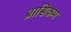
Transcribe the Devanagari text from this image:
ब्रासिकम